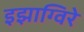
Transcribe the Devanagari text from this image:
इझाग्विरे